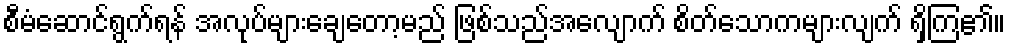
စီမံဆောင်ရွက်ရန် အလုပ်များချေတော့မည် ဖြစ်သည်အလျောက် စိတ်သောကများလျက် ရှိကြ၏။